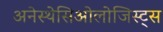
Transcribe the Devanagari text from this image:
अनेस्थेसिओलोजिस्ट्स